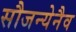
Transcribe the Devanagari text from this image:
सौजन्येनैव